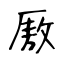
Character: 厫